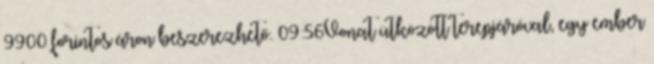
9900 forintos áron beszerezhető. 09:56Vonat ütközött terepjáróval, egy ember